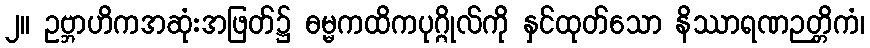
၂။ ဥဗ္ဘာဟိကအဆုံးအဖြတ်၌ ဓမ္မကထိကပုဂ္ဂိုလ်ကို နှင်ထုတ်သော နိဿာရဏဉတ္တိကံ၊